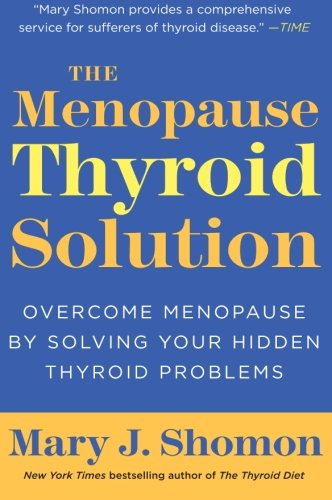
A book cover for The Menopause Thyroid Solution: Overcome Menopause by Solving Your Hidden Thyroid Problems; Mary J. Shomon; Health, Fitness & Dieting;